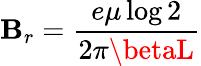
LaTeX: \mathbf{B}_{r}=\frac{{e\mu\log{2}}}{{2\pi\betaL}}